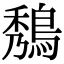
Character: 𪁮